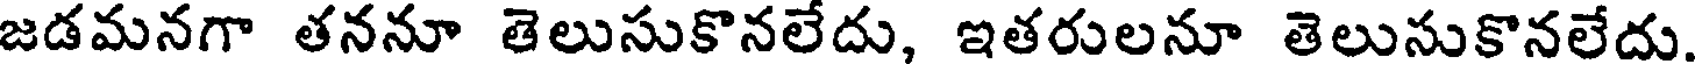
జడమనగా తననూ తెలుసుకొనలేదు, ఇతరులనూ తెలుసుకొనలేదు.